Vaccination North-Western Provinces and Oudh 1896-1901 - 1896-1901
Year: 1896
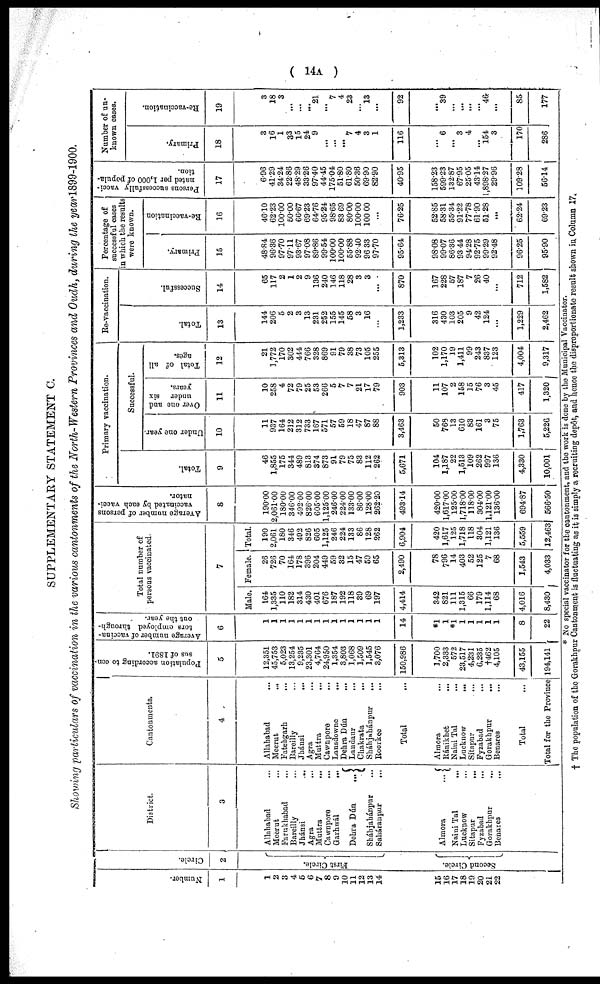
( 14A )
SUPPLEMENTARY STATEMENT C.
Showing particulars of vaccination in the various cantonments of the North-Western Provinces and Oudh, during the year 1899-190.
Number.
1
1
2
3
4
6
6
7
8
9
10
11
12
13
14
15
16
17
18
19
20
21
22
Circle.
2
First Circle.
Second Circle.
District.
3
Allahabad ...
Meerut ...
Farukbabad ...
Bareilly ...
Jhánsi ...
Agra ...
Muttra ...
Cawnpore
...
Garhwál
...
Dehra Dún
...
Sháhjahánpur ...
Saháranpur
...
Almora
...
Naini Tal ...
Luckpow ...
Sitapur
...
Fyzabad
...
Gorakhpur ...
Benares
...
Cantonments.
4
Allahabad ...
Meerut ...
Fatehgarh ...
Bareilly ...
Jhánsi
...
Agra ...
Muttra ...
Cawnpore
...
Lansdowne
...
Dehra Dún ...
Landaur
...
Chakrata ...
Sháhjahánpur
...
Roorkee ...
Total ...
Almora ...
Ránikhet ...
Naini Tal ...
Lucknow
...
Sítapur
....
Fyzabad ...
Gorakhpur
...
Benares ...
Total ...
Total for the Province
Population according to cen-
sus of 1891.
5
12,351
45,753
5,023
13,254
9,235
23,301
4,764
24,960
1,354
3,803
1,068
1,509
1,545
3,076
150,986
3,700
2,333
572
23,517
4,231
6,235
†462
4,105
43,155
194,141
Average number of vaccina-
tors employed through-
out the year.
6
1
1
1
1
1
1
1
1
1
1
1
1
1
1
1
14
*1
1
*1
1
1
1
1
1
8
22
Total number of
persons vaccinated.
7
Male.
164
1,335
110
182
314
430
401
676
187
192
118
39
69
197
4,414
342
821
111
1,315
66
179
1,114
68
4,016
8,430
Female.
26
726
70
164
178
396
204
449
59
32
15
47
59
65
2,490
78
796
14
403
52
125
7
68
1,543
4,033
Total.
190
2,061
180
346
492
826
605
1,125
246
224
133
86
128
262
6,904
420
1,617
125
1,718
118
304
1,121
136
5,559
12,463
Average number of persons
vaccinated by each vacci-
nator.
8
190.00
2,061.00
180.00
346.00
492.00
826.00
605.00
1,125.00
246.00
224.00
133.00
86.00
128.00
262.20
493.14
420.00
1,617.00
125.00
1,718.00
118.00
304.00
1,121.00
136.00
694.87
566.50
Primary vaccination.
9
46
1,855
175
344
489
813
374
873
91
79
75
83
112
262
5,671
104
1,187
22
1,513
109
262
997
136
4,330
10,001
10
11
937
164
212
312
733
167
571
57
59
18
47
87
88
3,463
50
768
13
610
83
161
3
75
1,763
5,226
11
10
258
4
72
79
25
53
266
5
7
7
21
17
79
903
11
107
2
158
15
76
3
45
417
1,320
12
21
1,772
170
302
444
766
328
869
91
79
38
73
105
255
5,313
102
1,170
19
1,411
99
243
837
123
4,004
9,317
Re-vaccination.
13
144
206
5
2
3
13
231
252
155
145
58
3
16
...
1,233
316
430
103
205
9
42
124
...
1,229
2,462
14
65
117
2
1
2
9
136
240
146
118
28
3
3
...
870
167
228
57
187
7
26
40
...
712
1,582
Percentage of
successful cases
in which the results
were known.
15
48.84
96.36
97.70
97.11
93.67
97.08
89.86
99.54
100.00
100.00
55.88
92.40
96.33
97.70
95.64
98.08
99.07
86.36
93.44
94.28
92.75
99.29
92.48
96.25
95.90
16
46.10
62.23
100.00
50.00
66.67
69.23
64.76
95.24
98.65
83.69
80.00
100.00
100.00
...
76.25
52.85
58.31
55.34
91.22
77.78
61.90
51.28
...
62.24
69.23
Persons successfully vacci-
nated per 1,000 of popula-
tion.
17
6.96
41.29
34.24
22.86
48.29
33.26
97.40
44.45
175.04
51.80
61.80
50.36
69.90
82.90
40.95
158.23
599.23
132.87
67.95
25.05
43.14
1,898.27
29.96
109.28
56.14
Number of un-
known cases.
18
3
16
1
33
15
24
9
...
...
...
7
4
3
1
116
...
6
...
3
4
...
154
3
170
286
19
3
18
3
...
...
...
21
...
7
4
23
...
13
...
92
...
39
...
...
...
...
46
...
85
177
* No special vaccinator for the cantonment, and the work is done by the Municipal Vaccinator.
† The population of the Gorakhpur Cantonment is fluctuating as it is simply a recruiting dopôt, and hence the disproportionate result shown in Column 17.